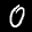
Label: 0